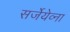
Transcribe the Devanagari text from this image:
सर्जेयेव्ना